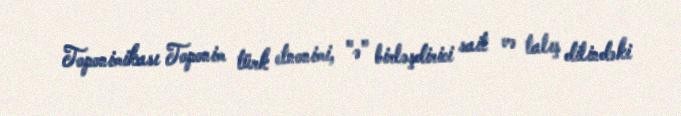
Toponimikası Toponim türk etnonimi, "ə" birləşdirici sait və talış dilindəki